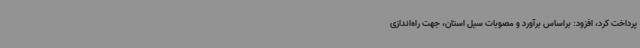
پرداخت کرد، افزود: براساس برآورد و مصوبات سیل استان، جهت راه‌اندازی